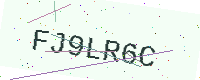
Text: FJ9LR6C